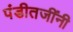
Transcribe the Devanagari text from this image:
पंडीतजींनी